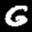
Label: 6